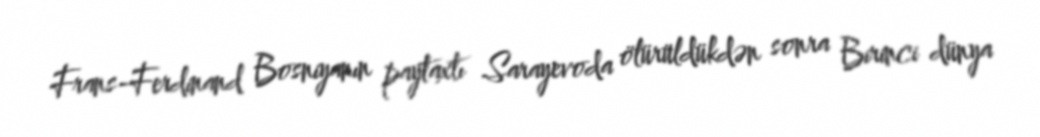
Frans-Ferdinand Bosniyanın paytaxtı Sarayevoda ölürüldükdən sonra Birinci dünya